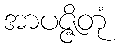
အာပဇ္ဇိတုံ